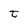
Character: t